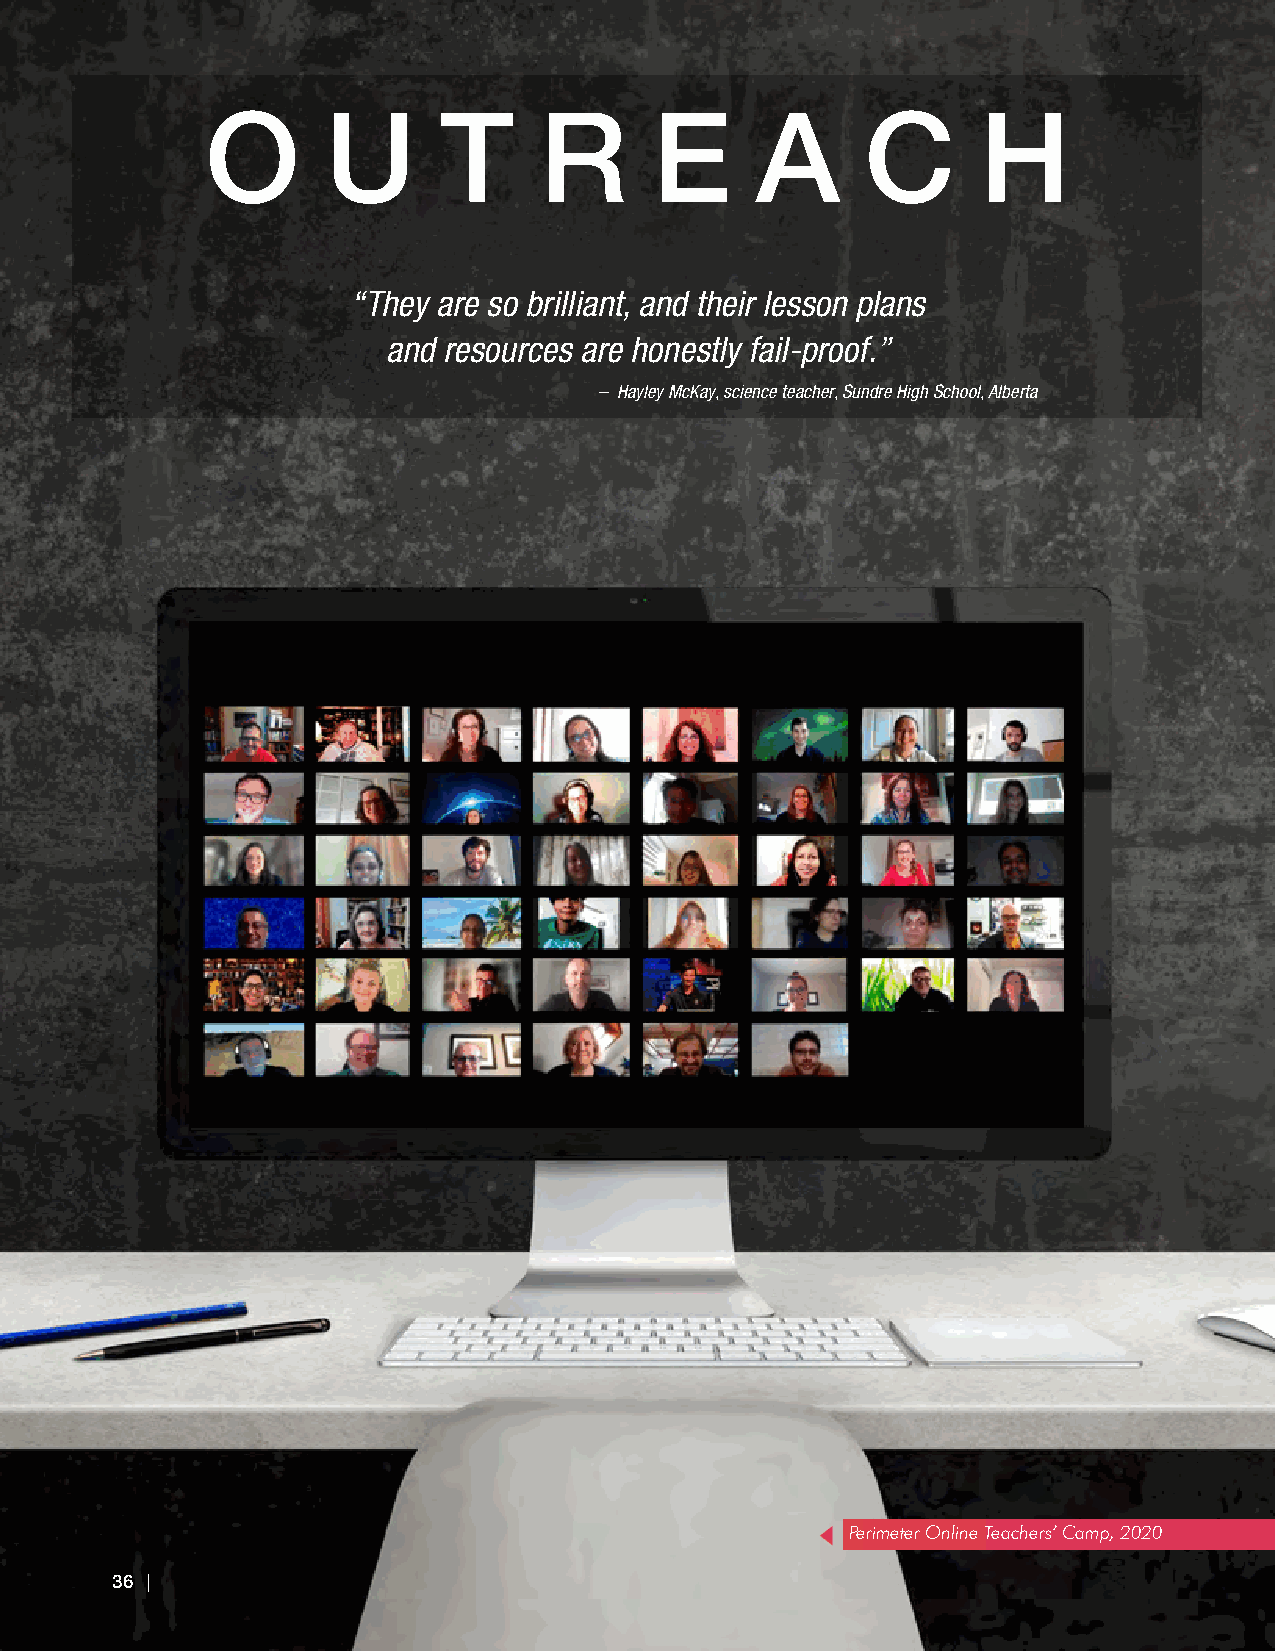
O       U      T      R      E      A      C       H
 “They are so brilliant, and their lesson plans
 and resources are honestly fail-proof.”
 – Hayley McKay, science teacher, Sundre High School, Alberta
 Perimeter Online Teachers’ Camp, 2020
 3366 ||